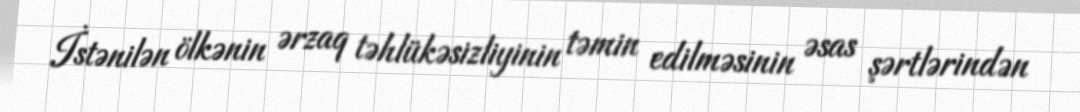
İstənilən ölkənin ərzaq təhlükəsizliyinin təmin edilməsinin əsas şərtlərindən